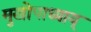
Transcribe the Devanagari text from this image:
मुखोपाध्याय्